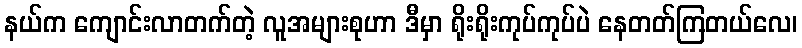
နယ်က ကျောင်းလာတက်တဲ့ လူအများစုဟာ ဒီမှာ ရိုးရိုးကုပ်ကုပ်ပဲ နေတတ်ကြတယ်လေ၊